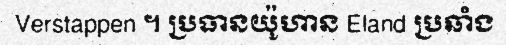
Verstappen ។ ប្រធានយ៉ូហាន Eland ប្រឆាំង